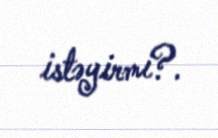
istəyirmi?.